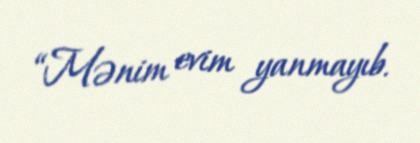
“Mənim evim yanmayıb.